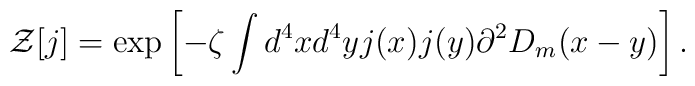
{\cal Z}[j]=\exp\left[-\zeta\int d^4xd^4yj(x)j(y)\partial^2D_m(x-y)\right].